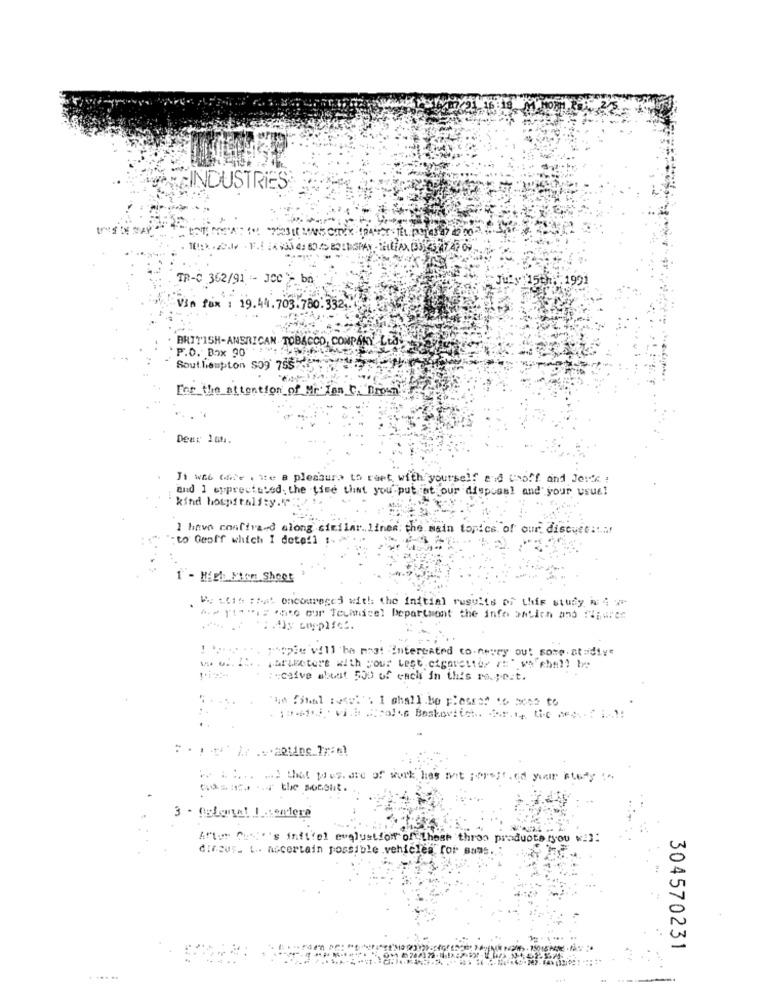
INDUSTRIES
TR-C 362/91 - JCC > bn
Via fax : 19.44.703.780.332,
BRITISH-ANSRICAN TOBACCO, CONPAKY
P.O. Box 90
Southampton So9 765
Ene the attention of Mr Ian C. Brown
Dear 100.
It was care , the a pleasure to rent with yourself and cooff and Jesie :
and 1 euprectuted. the time that you put at our disposal and your usuel
kind hospitality.""
I have confive-d along similar .. lines the main topics of our discuet ...
: to Geoff which I detail :
1 - High Finn Shoot
Ky ttis ;hat oncouregej with the initial results of this study W4 ⑈
"> "i""is "sto cur Techmicel Department the info ontich and Figures
I power. people will be most Interested to nevy out some atadiye
₩ ő. 2 :.. Marietere with jour Let.cigaretter / ** ** * hm1) be
:- caive aboat 500 of each in this ro .; c.t.
..
susini vil Trolos Boskovlich. fanty Lic cc: 1.1:
is It Is that wes are of work has not seper ed your ste
...
Costco of the sonout.
3 . Deloreal Intendere
Artur Out''s infi'el evaluation of these three produote (you wil:
diraus. 1. ascertain possible vehicles for sums.
304570231